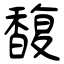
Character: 馥